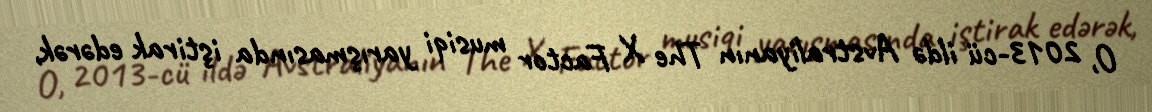
O, 2013-cü ildə Avstraliyanın The X Factor musiqi yarışmasında iştirak edərək,